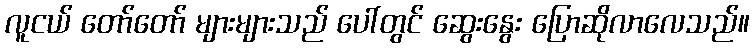
လူငယ် တော်တော် များများသည် ပေါ်တွင် ဆွေးနွေး ပြောဆိုလာလေသည်။